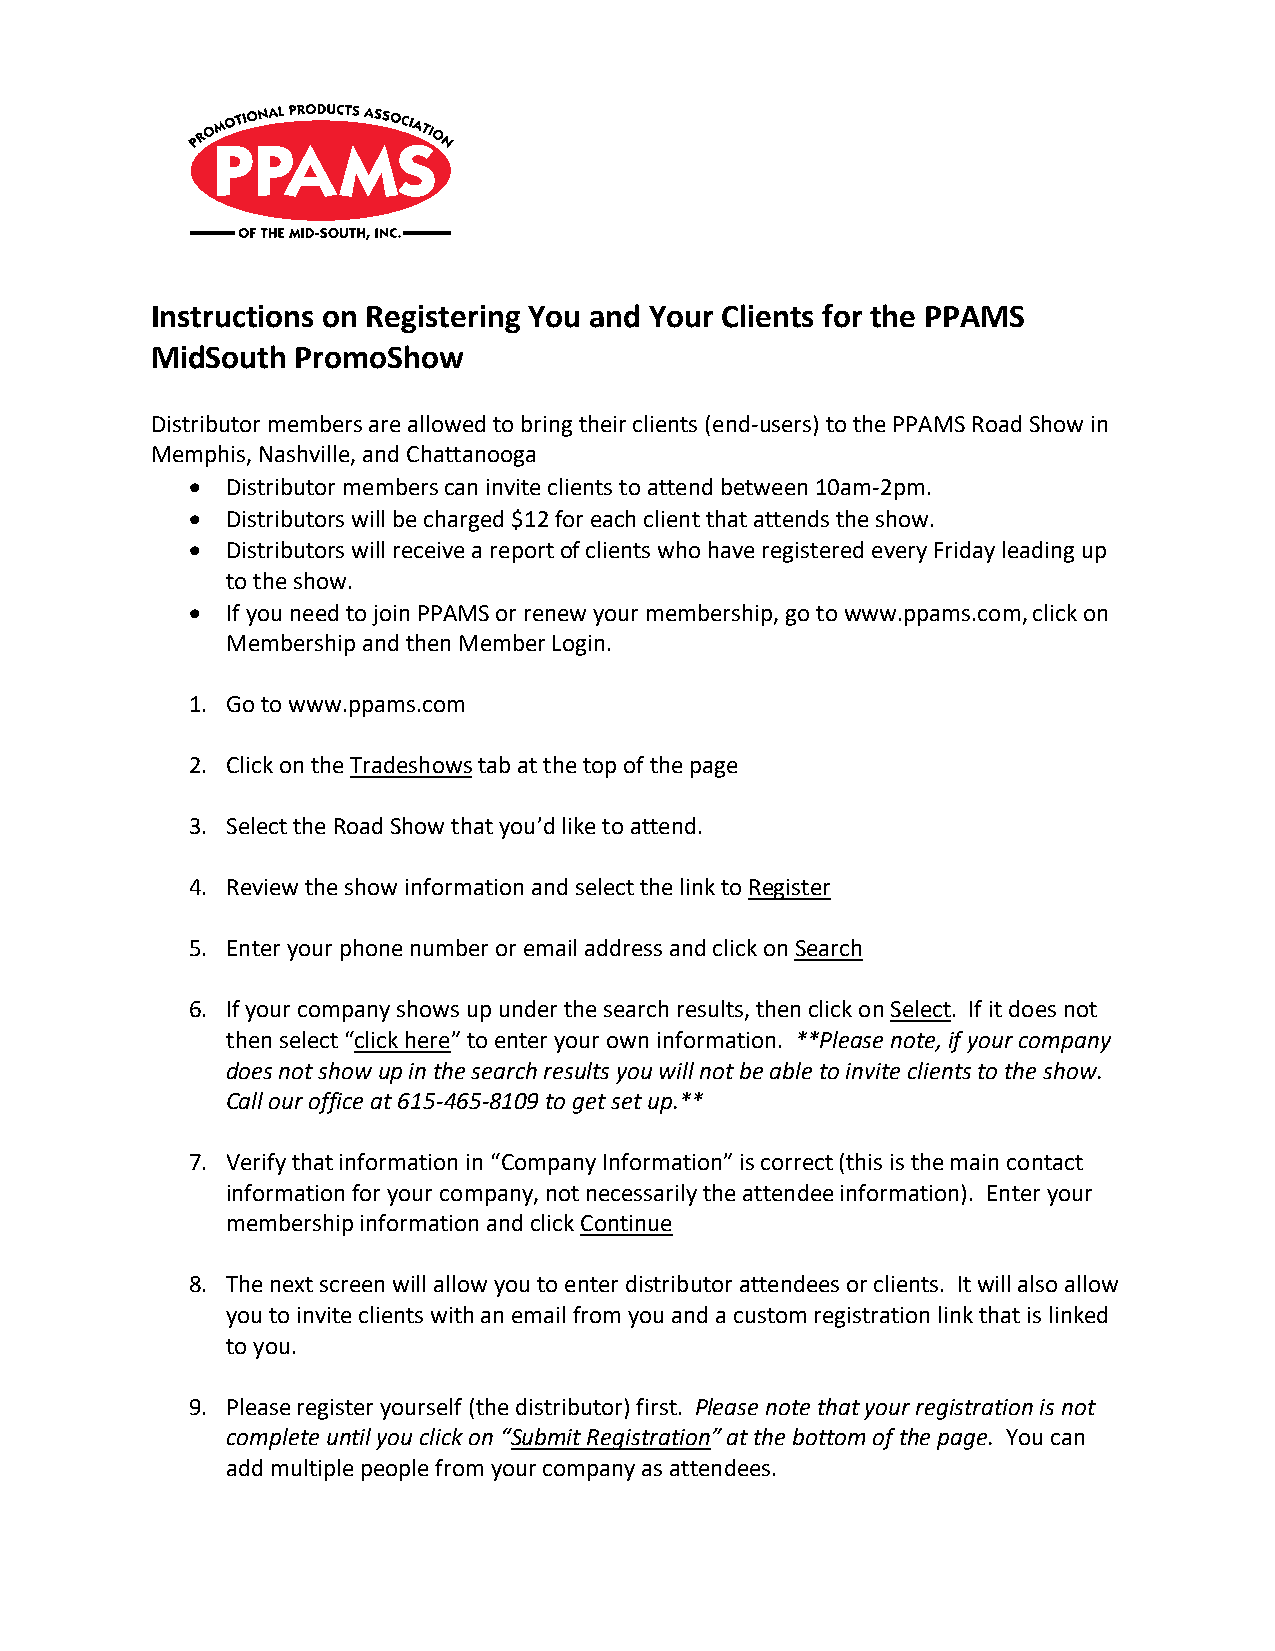
Instructions on Registering You and Your Clients for the PPAMS
 MidSouth  PromoShow
 Distributor members are allowed to bring their clients (end-users) to the PPAMS Road Show in
 Memphis, Nashville, and Chattanooga
 •  Distributor members can invite clients to attend between 10am-2pm.
 •  Distributors will be charged $12 for each client that attends the show.
 •  Distributors will receive a report of clients who have registered every Friday leading up
 to the show.
 •  If you need to join PPAMS or renew your membership, go to www.ppams.com, click on
 Membership and then Member Login.
 1. Go to www.ppams.com
 2. Click on the Tradeshows tab at the top of the page
 3. Select the Road Show that you’d like to attend.
 4. Review the show information and select the link to Register
 5. Enter your phone number or email address and click on Search
 6. If your company shows up under the search results, then click on Select. If it does not
 then select “click here” to enter your own information. **Please note, if your company
 does not show up in the search results you will not be able to invite clients to the show.
 Call our office at 615-465-8109 to get set up.**
 7. Verify that information in “Company Information” is correct (this is the main contact
 information for your company, not necessarily the attendee information). Enter your
 membership information and click Continue
 8. The next screen will allow you to enter distributor attendees or clients. It will also allow
 you to invite clients with an email from you and a custom registration link that is linked
 to you.
 9. Please register yourself (the distributor) first. Please note that your registration is not
 complete until you click on “Submit Registration” at the bottom of the page. You can
 add multiple people from your company as attendees.